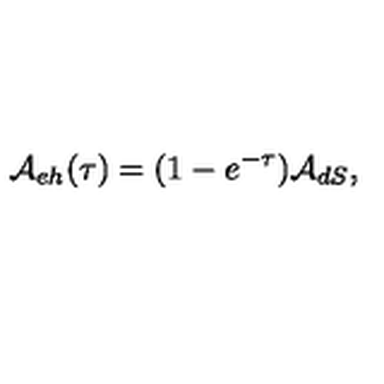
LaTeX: { \cal A } _ { e h } ( \tau ) = ( 1 - e ^ { - \tau } ) { \cal A } _ { d S } ,